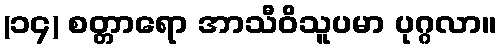
(၁၄) စတ္တာရော အာသီဝိသူပမာ ပုဂ္ဂလာ။